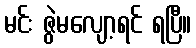
မင်း ဇွဲမလျော့ရင် ရပြီ။